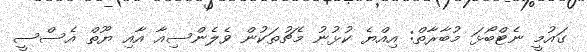
ގައުމީ ނެޓްބޯޅަ މުބާރާތް: އިއްޔެ ކުޅުނު މެޗުތަކުން ވެލެންސިއާ އާއި ޔޫތް އެސްސީ